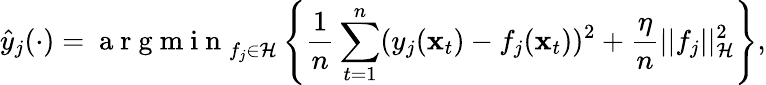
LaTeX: \hat{y}_{j}(\cdot)=\mathrm{~a~r~g~m~i~n~}_{f_{j}\in\mathcal H}\left\{ \frac{1}{n}\sum_{t=1}^{n}(y_{j}(\mathbf x_{t})-f_{j}(\mathbf x_{t}))^{2}+\frac{\eta}{n}||f_{j}||_{\mathcal H}^{2}\right\} ,